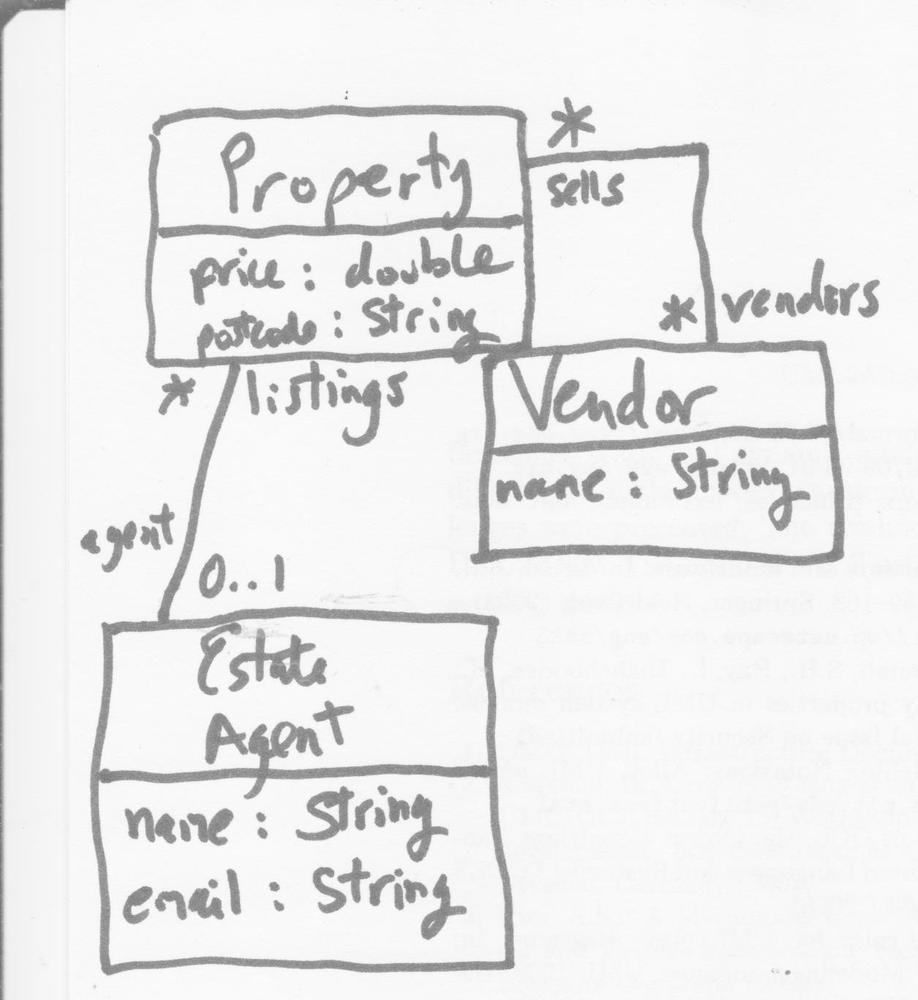
Diagram type: class_diagram
```plantuml
@startuml

class Property {
  price: double
  postcode: String
}

class Vendor {
  name: String
}

class EstateAgent {
  name: String
  email: String
}

Property "sells *" -- "vendors *" Vendor
Property "listings *" -- "agent *" EstateAgent

@enduml
```